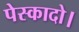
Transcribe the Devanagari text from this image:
पेस्कादो।